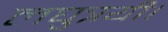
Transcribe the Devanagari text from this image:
लघुत्रयी।